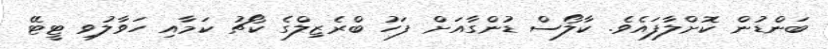
ބަންޑުން ކޮށްލާފައެވެ. ކާލޯސް ޑުންގާއަށް ފަހު ބްރެޒިލްގެ ކޯޗު ކަމާއި ހަވާލުވި ޓީޓޭ